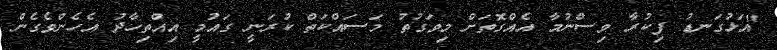
"އަޅުގަނޑު ފިކުރާ ވިސްނުމާ އެއްގޮތަށް މިވަގުތު މަސައްކަތް ކުރަނީ ގައުމީ އިއްތިހާދު އެހެންވެގެން